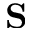
\mathbf { S }